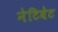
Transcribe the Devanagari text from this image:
नेटिवेट